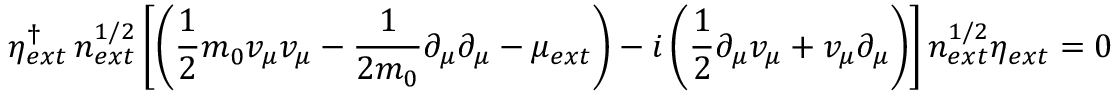
\eta _ { e x t } ^ { \dagger } \, n _ { e x t } ^ { 1 / 2 } \left[ \left( \frac { 1 } { 2 } m _ { 0 } v _ { \mu } v _ { \mu } - \frac { 1 } { 2 m _ { 0 } } \partial _ { \mu } \partial _ { \mu } - \mu _ { e x t } \right) - i \left( \frac { 1 } { 2 } \partial _ { \mu } v _ { \mu } + v _ { \mu } \partial _ { \mu } \right) \right] n _ { e x t } ^ { 1 / 2 } \eta _ { e x t } = 0